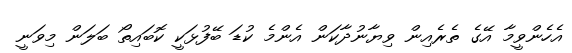
އެހެންވީމާ އޭގެ ތެރެއިން ވިޔާނުދާކަން އެންމެ ކުޑަ ބޭފުޅަކީ ކޮބައިތޯ ބަލަން މިވަނީ